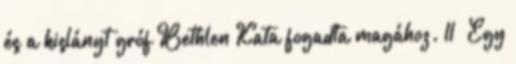
és a kislányt gróf Bethlen Kata fogadta magához. 11 Egy